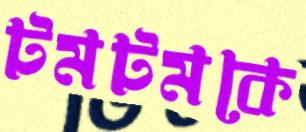
টমটমকে